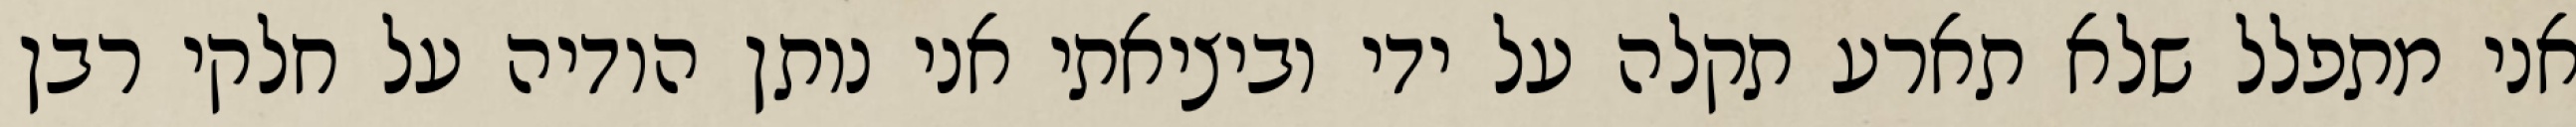
אני מתפלל שלא תארע תקלה על ידי וביציאתי אני נותן הודיה על חלקי רבן